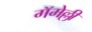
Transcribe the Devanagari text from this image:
गॅमेल्ली